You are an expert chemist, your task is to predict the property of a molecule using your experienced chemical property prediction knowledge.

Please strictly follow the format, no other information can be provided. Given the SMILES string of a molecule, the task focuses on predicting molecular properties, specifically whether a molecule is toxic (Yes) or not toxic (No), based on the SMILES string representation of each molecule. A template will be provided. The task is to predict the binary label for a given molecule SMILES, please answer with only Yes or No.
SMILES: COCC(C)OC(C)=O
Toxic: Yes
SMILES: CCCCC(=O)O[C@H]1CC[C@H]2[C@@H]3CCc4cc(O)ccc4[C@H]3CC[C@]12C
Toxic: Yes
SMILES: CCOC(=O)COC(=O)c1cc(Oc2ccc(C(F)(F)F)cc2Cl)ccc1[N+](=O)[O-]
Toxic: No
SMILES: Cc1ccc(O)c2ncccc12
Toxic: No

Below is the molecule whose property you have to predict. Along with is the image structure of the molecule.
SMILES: c1ccc(NNc2ccccc2)cc1
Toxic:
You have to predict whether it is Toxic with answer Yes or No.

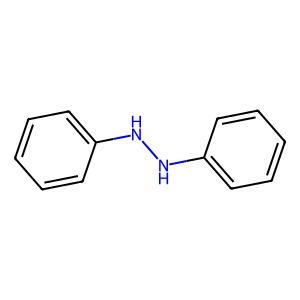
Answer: No